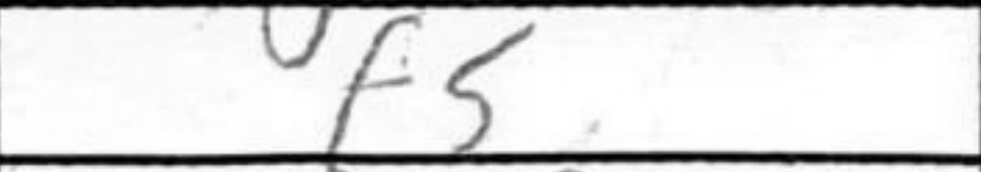
Transcription: f5